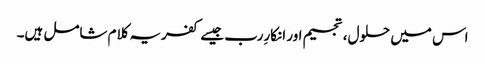
اس میں حلول، تجسیم اور انکارِرب جیسے کفریہ کلام شامل ہیں۔